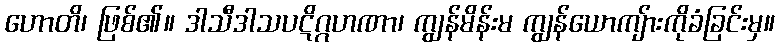
ဟောတိ၊ ဖြစ်၏။ ဒါသီဒါသပဋိဂ္ဂဟဏာ၊ ကျွန်မိန်းမ ကျွန်ယောကျ်ားကိုခံခြင်းမှ။